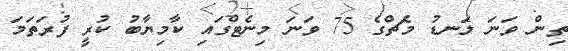
ތިން ވަނަ ލަނޑު މެޗްގެ 75 ވަނަ މިނެޓްގައި ކާމިޔާބު ކުރީ ފުރަތަމަ